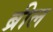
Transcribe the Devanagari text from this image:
ब्रील